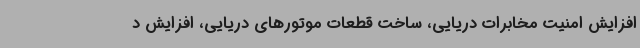
افزایش امنیت مخابرات دریایی، ساخت قطعات موتورهای دریایی، افزایش د